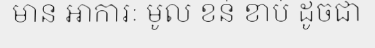
មាន អាការៈ មូល ខន់ ខាប់ ដូចជា